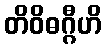
တိဝိဓဂ္ဂီဟိ